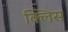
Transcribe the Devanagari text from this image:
क्लिस